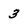
Character: 3